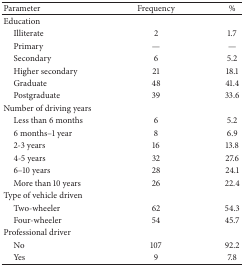
<table><thead><tr><td><b>Parameter</b></td><td><b>Frequency</b></td><td><b>%</b></td></tr></thead><tbody><tr><td>Education</td><td> </td><td> </td></tr><tr><td> Illiterate</td><td>2</td><td>1.7</td></tr><tr><td> Primary</td><td>—</td><td>—</td></tr><tr><td> Secondary</td><td>6</td><td>5.2</td></tr><tr><td> Higher secondary</td><td>21</td><td>18.1</td></tr><tr><td> Graduate</td><td>48</td><td>41.4</td></tr><tr><td> Postgraduate</td><td>39</td><td>33.6</td></tr><tr><td>Number of driving years</td><td> </td><td> </td></tr><tr><td> Less than 6 months</td><td>6</td><td>5.2</td></tr><tr><td> 6 months–1 year</td><td>8</td><td>6.9</td></tr><tr><td> 2-3 years</td><td>16</td><td>13.8</td></tr><tr><td> 4-5 years</td><td>32</td><td>27.6</td></tr><tr><td> 6–10 years</td><td>28</td><td>24.1</td></tr><tr><td> More than 10 years</td><td>26</td><td>22.4</td></tr><tr><td>Type of vehicle driven</td><td> </td><td> </td></tr><tr><td> Two-wheeler</td><td>62</td><td>54.3</td></tr><tr><td> Four-wheeler</td><td>54</td><td>45.7</td></tr><tr><td>Professional driver</td><td> </td><td> </td></tr><tr><td> No</td><td>107</td><td>92.2</td></tr><tr><td> Yes</td><td>9</td><td>7.8</td></tr></tbody></table>